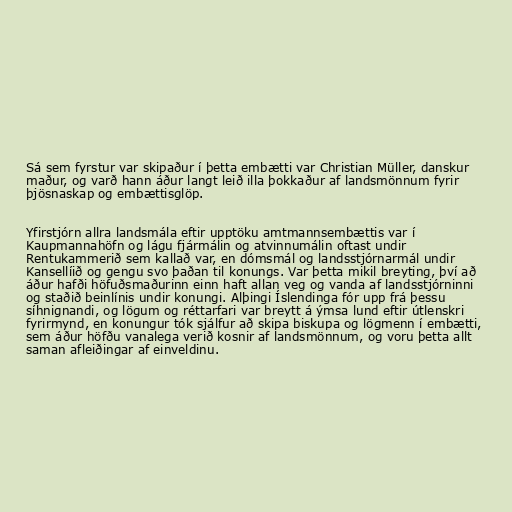
Sá sem fyrstur var skipaður í þetta embætti var Christian Müller, danskur
maður, og varð hann áður langt leið illa þokkaður af landsmönnum fyrir
þjösnaskap og embættisglöp.

Yfirstjórn allra landsmála eftir upptöku amtmannsembættis var í
Kaupmannahöfn og lágu fjármálin og atvinnumálin oftast undir
Rentukammerið sem kallað var, en dómsmál og landsstjórnarmál undir
Kansellíið og gengu svo þaðan til konungs. Var þetta mikil breyting, því að
áður hafði höfuðsmaðurinn einn haft allan veg og vanda af landsstjórninni
og staðið beinlínis undir konungi. Alþingi Íslendinga fór upp frá þessu
síhnignandi, og lögum og réttarfari var breytt á ýmsa lund eftir útlenskri
fyrirmynd, en konungur tók sjálfur að skipa biskupa og lögmenn í embætti,
sem áður höfðu vanalega verið kosnir af landsmönnum, og voru þetta allt
saman afleiðingar af einveldinu.